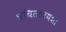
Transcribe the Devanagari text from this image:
प्रथिततरयशा